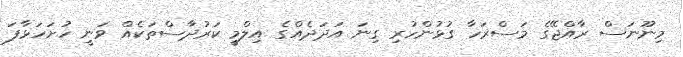
މިނޫނަސް ރާއްޖޭގެ މަސްރަހާ ގުޅުންހުރި ގިނަ އަދަދެއްގެ އިލްމީ ކަރުދާސްތަކެއް ވަނީ ހުށަހަޅާފަ